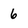
Character: 6